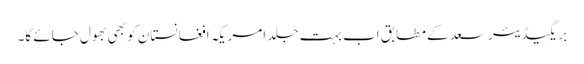
بریگیڈیئر سعد کے مطابق اب بہت جلد امریکہ افغانستان کو بھی بھول جائے گا۔